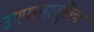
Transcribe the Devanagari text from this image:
उपपरमाणुविक